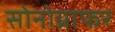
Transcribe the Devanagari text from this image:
सोनोग्राफर